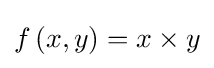
f\left(x,y\right)=x\times y